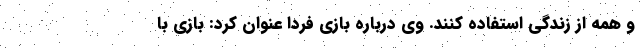
و همه از زندگی استفاده کنند. وی درباره بازی فردا عنوان کرد: بازی با